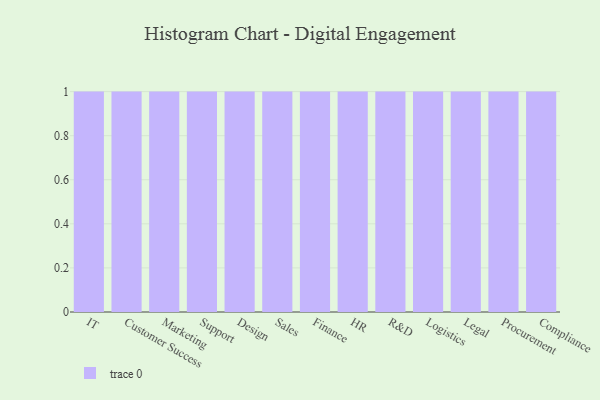
{"axis": {"x": "Department", "y": "Active Users"}, "legend": [""], "data": [{"x": "IT", "y": 23, "type": ""}, {"x": "Customer Success", "y": 72, "type": ""}, {"x": "Marketing", "y": 2, "type": ""}, {"x": "Support", "y": 98, "type": ""}, {"x": "Design", "y": 17, "type": ""}, {"x": "Sales", "y": 32, "type": ""}, {"x": "Finance", "y": 26, "type": ""}, {"x": "HR", "y": 72, "type": ""}, {"x": "R&D", "y": 34, "type": ""}, {"x": "Logistics", "y": 95, "type": ""}, {"x": "Legal", "y": 41, "type": ""}, {"x": "Procurement", "y": 90, "type": ""}, {"x": "Compliance", "y": 50, "type": ""}]}